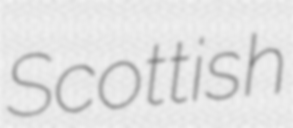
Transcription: Scottish